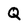
Character: Q